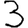
Digit: 3